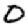
Digit: 0